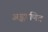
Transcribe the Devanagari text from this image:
अङ्कगणित